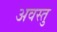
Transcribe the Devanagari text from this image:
अवस्तु